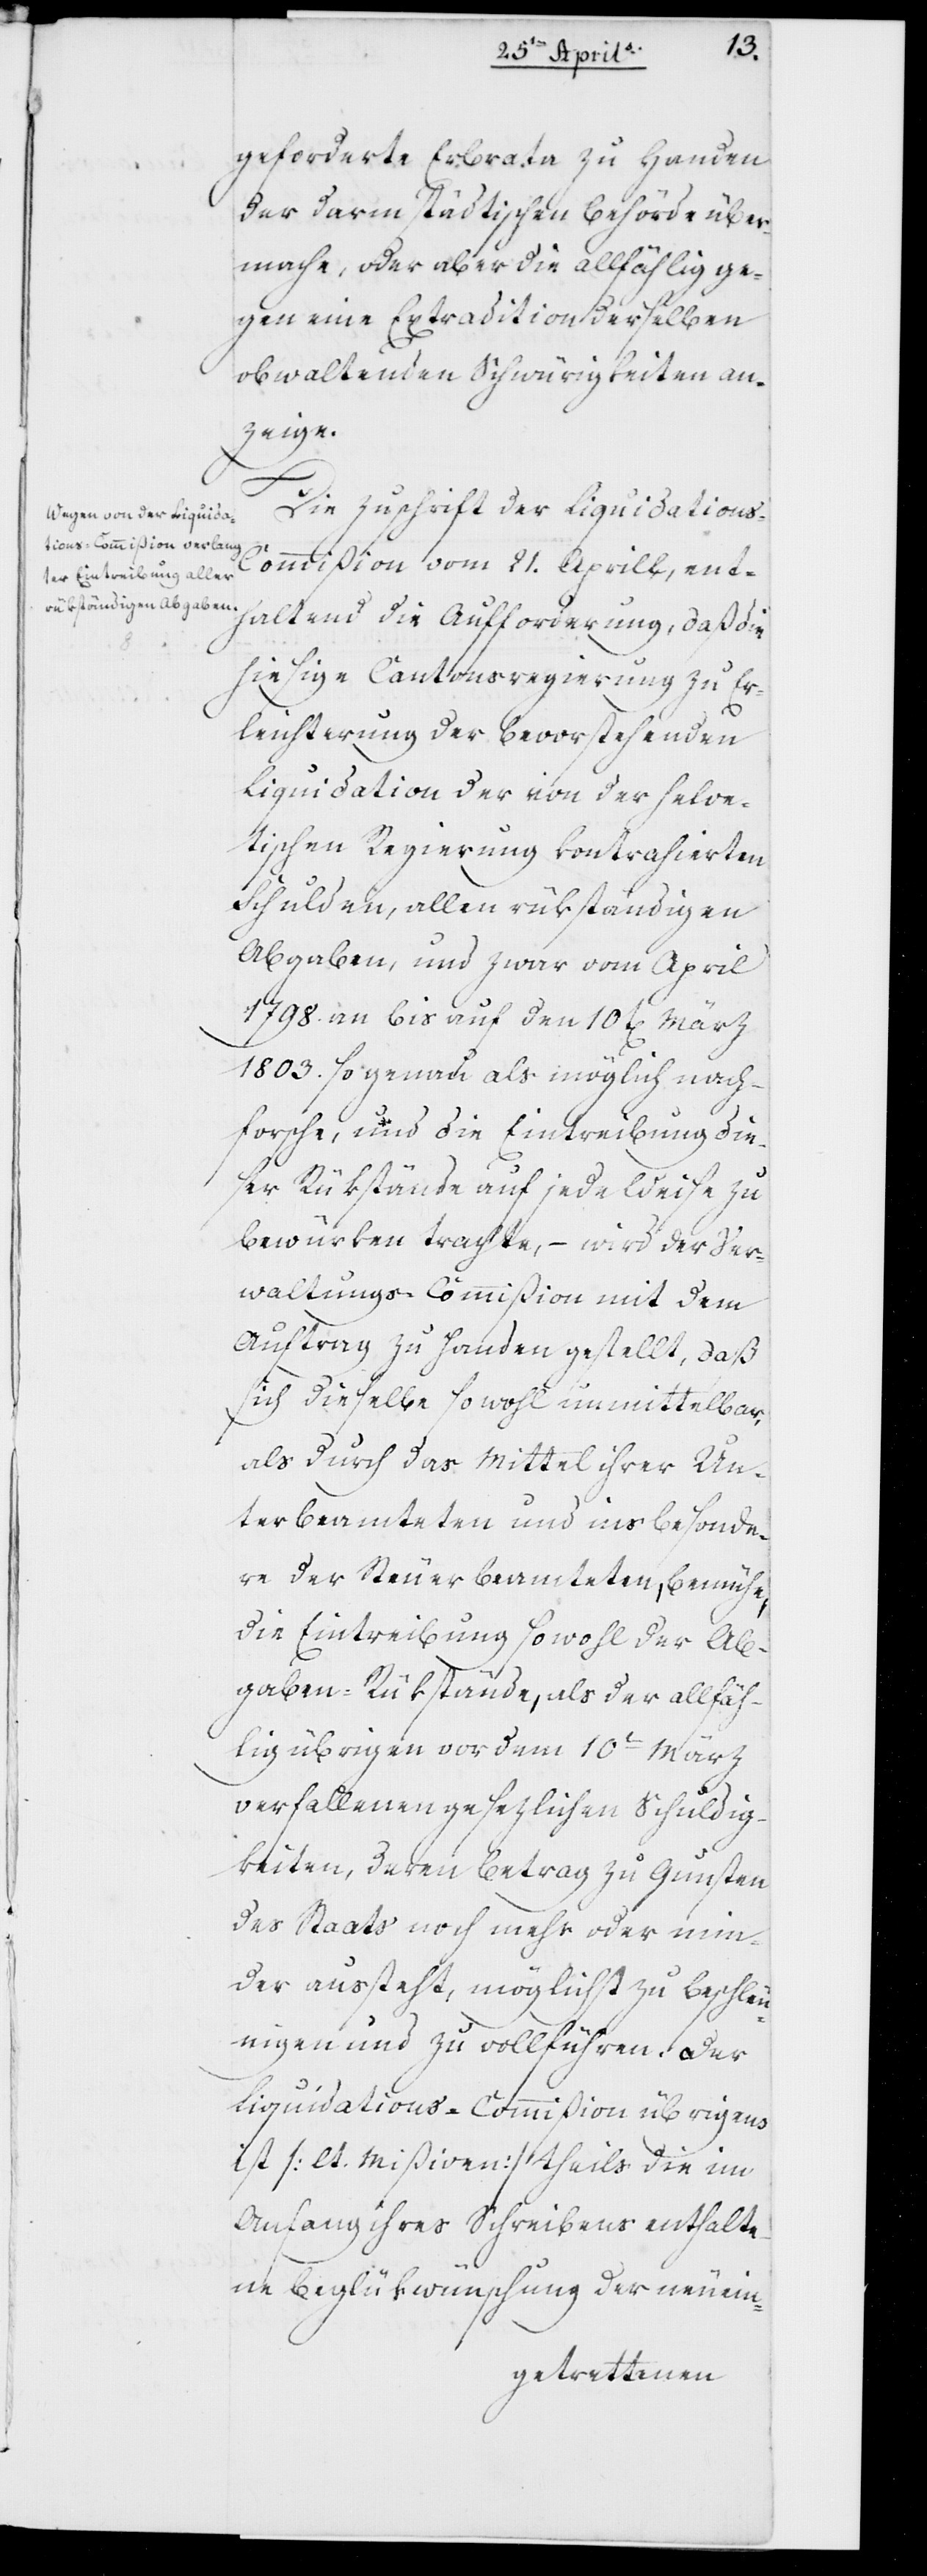
geforderte Erbrata zu Handen
der Darmstädtischen Behörde über¬
mache, oder aber die allfählig ge¬
gen eine Extradition derselben
obwaltenden Schwürigkeiten an¬
zeige.
Die Zuschrift der Liquidations-C¬
ommißion vom 21. Aprill, ent¬
haltend die Aufforderung, daß die
hiesige Cantonsregierung zu Er¬
leichterung der bevorstehenden
Liquidation der von der helve¬
tischen Regierung kontrahierten
Schulden, allen rückständigen
Abgaben, und zwar vom April
1798. an bis auf den 10ten März
1803. so genau als möglich nach¬
forsche und die Eintreibung die¬
ser Rückstände auf jede Weise zu
bewürken trachte, – wird der Ver¬
waltungs-Commißion mit dem
Auftrag zu Handen gestellt, daß
sich dieselbe sowohl unmittelbar
als durch das Mittel ihrer Un¬
terbeamteten und insbesonde¬
re der Steuer-Beamteten bemühe,
die Eintreibung sowohl der Ab¬
gaben-Rückstände, als der allfäh¬
lig übrigen vor dem 10ten März
verfallenen gesetzlichen Schuldig¬
keiten, deren Betrag zu Gunsten
des Staats noch mehr oder min¬
der aussteht, möglichst zu beschleu¬
nigen und zu vollführen. Der
Liquidations-Commißion übrigens
ist (lt. Mißiven) theils die im
Anfang ihres Schreibens enthalte¬
ne Beglükwünschung der neuein-